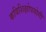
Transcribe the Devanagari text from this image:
कविशिक्षोपयोगी